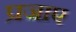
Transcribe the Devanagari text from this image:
प्रजाए